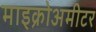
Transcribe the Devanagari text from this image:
माइक्रोअमीटर